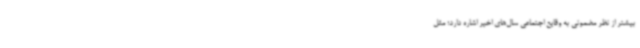
بیشتر از نظر مضمونی به وقایع اجتماعی سال‌های اخیر اشاره دارد؛ مثل